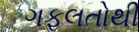
ગફલતોથી